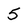
Character: 5